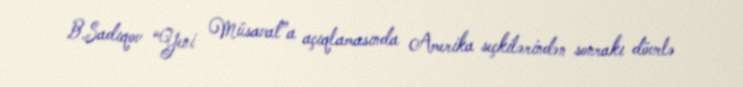
B.Sadıqov “Yeni Müsavat”a açıqlamasında Amerika seçkilərindən sonrakı dövrlə